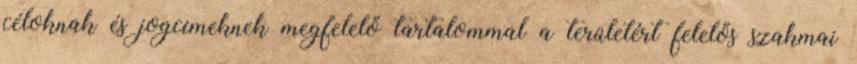
céloknak és jogcímeknek megfelelő tartalommal a területért felelős szakmai